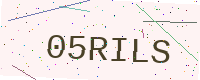
Text: 05RILS